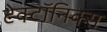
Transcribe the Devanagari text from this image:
टेक्टॉनिक्स